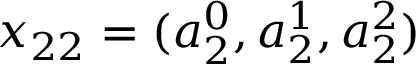
x _ { 2 2 } = ( a _ { 2 } ^ { 0 } , a _ { 2 } ^ { 1 } , a _ { 2 } ^ { 2 } )